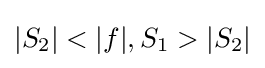
\vert S_{2}\vert <\vert f\vert ,S_{1}>\vert S_{2}\vert